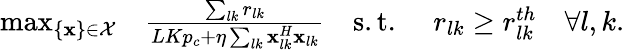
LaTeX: \begin{array}{rlrlr}{\operatorname*{max}_{\{ \mathbf{x}\} \in\mathcal{X}}}&{\frac{\sum_{lk}r_{lk}}{LKp_{c}+\eta\sum_{lk}\mathbf{x}_{lk}^{H}\mathbf{x}_{lk}}}&{\mathrm{s.t.}\, \, }&{r_{lk}\geq r_{lk}^{th}}&{\forall l,k.}\end{array}